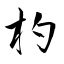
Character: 杓